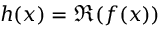
h ( x ) = \Re { ( f ( x ) ) }